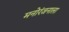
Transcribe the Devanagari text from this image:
मनोरंजनाला